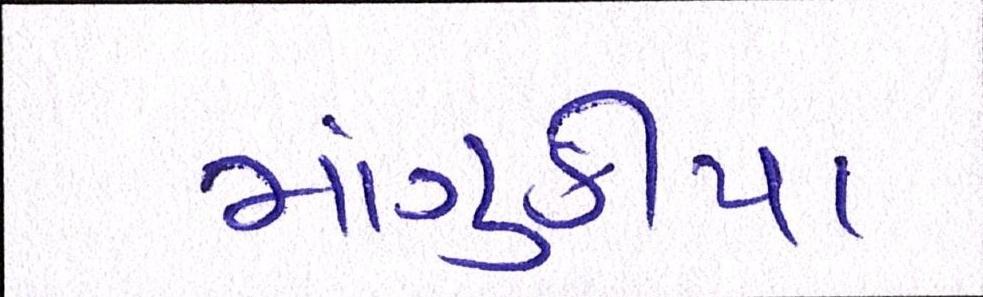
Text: માંગુકીયા